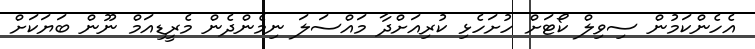
އެހެންކަމުން ސިވިލް ކޯޓަށް ހުށަހެޅި ކުރިއަށްދާ މައްސަލަ ނިމެންދެން މެރީޑިއަމް ނޫން ބަޔަކަށް